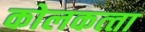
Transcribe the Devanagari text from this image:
कोलकत्‍ता